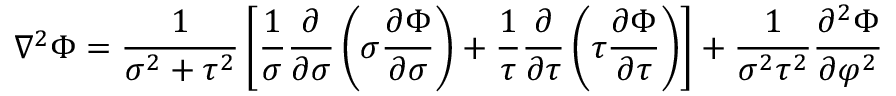
\nabla ^ { 2 } \Phi = { \frac { 1 } { \sigma ^ { 2 } + \tau ^ { 2 } } } \left[ { \frac { 1 } { \sigma } } { \frac { \partial } { \partial \sigma } } \left( \sigma { \frac { \partial \Phi } { \partial \sigma } } \right) + { \frac { 1 } { \tau } } { \frac { \partial } { \partial \tau } } \left( \tau { \frac { \partial \Phi } { \partial \tau } } \right) \right] + { \frac { 1 } { \sigma ^ { 2 } \tau ^ { 2 } } } { \frac { \partial ^ { 2 } \Phi } { \partial \varphi ^ { 2 } } }